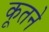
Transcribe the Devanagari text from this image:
कूतने